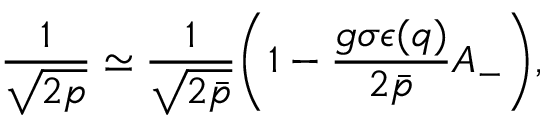
\frac { 1 } { \sqrt { 2 p } } \simeq \frac { 1 } { \sqrt { 2 \bar { p } } } \bigg ( 1 - \frac { g \sigma \epsilon ( q ) } { 2 \bar { p } } A _ { - } \bigg ) ,